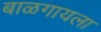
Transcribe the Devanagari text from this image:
बाळगायला